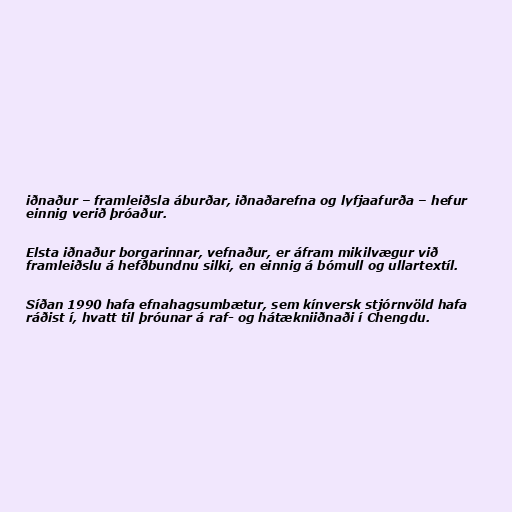
iðnaður – framleiðsla áburðar, iðnaðarefna og lyfjaafurða – hefur
einnig verið þróaður.

Elsta iðnaður borgarinnar, vefnaður, er áfram mikilvægur við
framleiðslu á hefðbundnu silki, en einnig á bómull og ullartextíl.

Síðan 1990 hafa efnahagsumbætur, sem kínversk stjórnvöld hafa
ráðist í, hvatt til þróunar á raf- og hátækniiðnaði í Chengdu.